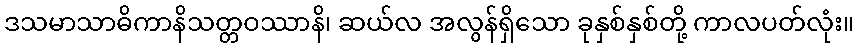
ဒသမာသာဓိကာနိသတ္တဝဿာနိ၊ ဆယ်လ အလွန်ရှိသော ခုနှစ်နှစ်တို့ ကာလပတ်လုံး။